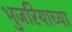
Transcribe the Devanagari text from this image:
भुजरियाच्या